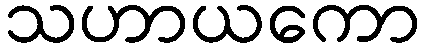
သဟာယကော